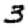
Digit: 3